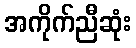
အကိုက်ညီဆုံး